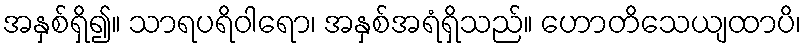
အနှစ်ရှိ၍။ သာရပရိဝါရော၊ အနှစ်အရံရှိသည်။ ဟောတိသေယျထာပိ၊